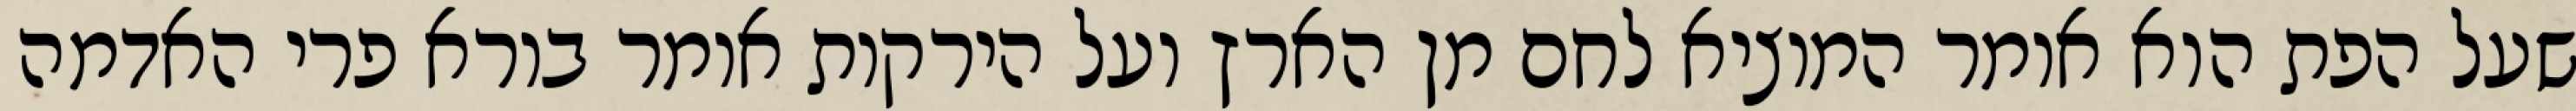
שעל הפת הוא אומר המוציא לחם מן הארץ ועל הירקות אומר בורא פרי האדמה